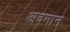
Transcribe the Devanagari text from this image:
अवगान